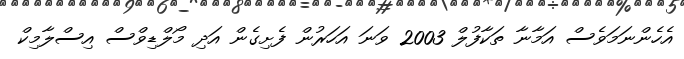
އެހެންނަމަވެސް އަމާނާ ތަކާފުލް 2003 ވަނަ އަހަރުން ފެށިގެން އަދި މޯލްޑިވްސް އިސްލާމިކް